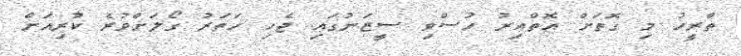
ތާރީހު މި ގޮތަށް އޮތްއިރު ހުސްވި ސީޒަނުގައި ޖެހި ހަތަރު ގޯލަށްވުރެ ކުރިއަށް